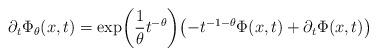
LaTeX: \begin{align*} \partial_t \Phi_\theta(x,t) = \exp \biggl(\frac{1}\theta t^{-\theta} \biggr) \bigl( -t^{-1-\theta}\Phi(x,t) + \partial_t \Phi(x,t) \bigr)\end{align*}